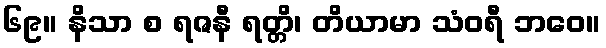
၆၉။ နိသာ စ ရဇနီ ရတ္တိ၊ တိယာမာ သံဝရီ ဘဝေ။